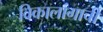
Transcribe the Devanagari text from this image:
विकालांगाची